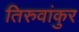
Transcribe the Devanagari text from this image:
तिरुवांकुर